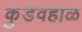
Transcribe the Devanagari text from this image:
कुंडेवहाळ